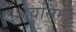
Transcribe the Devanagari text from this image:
शर्वानन्द